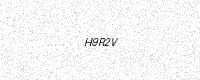
Text: H9R2V